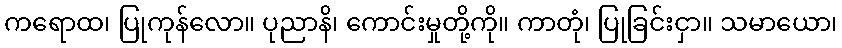
ကရောထ၊ ပြုကုန်လော။ ပုညာနိ၊ ကောင်းမှုတို့ကို။ ကာတုံ၊ ပြုခြင်းငှာ။ သမာယော၊